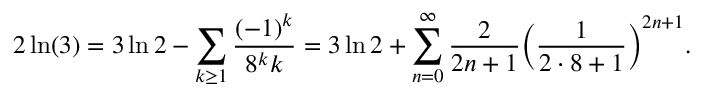
2 \ln ( 3 ) = 3 \ln 2 - \sum _ { k \geq 1 } { \frac { ( - 1 ) ^ { k } } { 8 ^ { k } k } } = 3 \ln 2 + \sum _ { n = 0 } ^ { \infty } { \frac { 2 } { 2 n + 1 } } { \left( { \frac { 1 } { 2 \cdot 8 + 1 } } \right) } ^ { 2 n + 1 } .